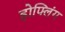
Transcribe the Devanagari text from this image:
होफ्लिंग